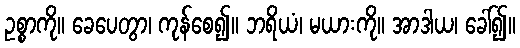
ဥစ္စာကို။ ခေပေတွာ၊ ကုန်စေ၍။ ဘရိယံ၊ မယားကို။ အာဒါယ၊ ခေါ်၍။